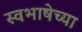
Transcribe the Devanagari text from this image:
स्वभाषेच्या